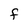
Character: f